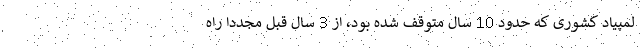
لمپیاد کشوری که حدود 10 سال متوقف شده بود، از 3 سال قبل مجدداً راه